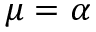
\mu = \alpha